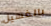
بالغسيل